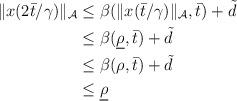
LaTeX: \begin{align*}\begin{aligned}\|x(2 \bar{t}/\gamma)\|_{\mathcal{A}} &\le \beta(\|x(\bar{t}/\gamma)\|_{\mathcal{A}},\bar{t}) + \tilde{d} \\&\le \beta(\underline{\rho},\bar{t}) + \tilde{d} \\&\le \beta(\rho,\bar{t}) + \tilde{d} \\& \le \underline{\rho}\end{aligned}\end{align*}